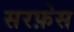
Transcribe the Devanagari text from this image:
सरफ़ेस